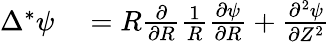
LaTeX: \begin{array}{rl}{\Delta^{*}\psi}&{{}=R\frac{\partial}{\partial R}\frac{1}{R}\frac{\partial\psi}{\partial R}+\frac{\partial^{2}\psi}{\partial Z^{2}}}\end{array}